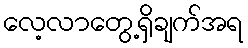
လေ့လာတွေ့ရှိချက်အရ